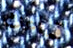
قناعك